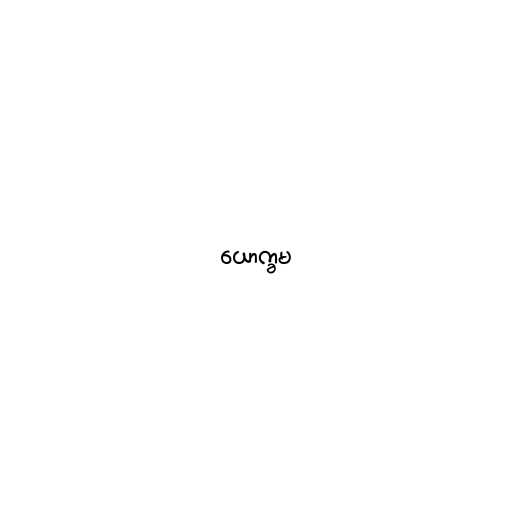
ယောက္ခမ